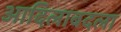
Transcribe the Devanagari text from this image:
आदिलाबदला